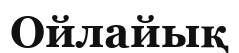
Ойлайық